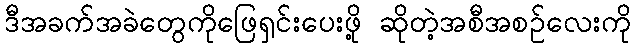
ဒီအခက်အခဲတွေကိုဖြေရှင်းပေးဖို့ ဆိုတဲ့အစီအစဉ်လေးကို